Insane asylums in Bengal annual reports 1876-1887 - 1876-1887
Year: 1876
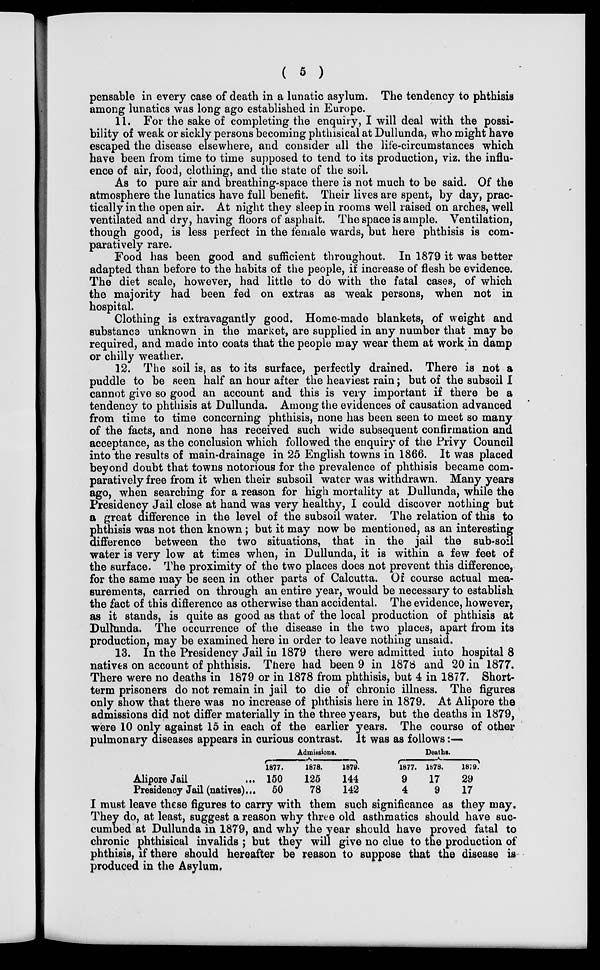
( 5 )
pensable in every case of death in a lunatic asylum. The tendency to phthisis
among lunatics was long ago established in Europe.
11. For the sake of completing the enquiry, I will deal with the possi-
bility of weak or sickly persons becoming phthisical at Dullunda, who might have
escaped the disease elsewhere, and consider all the life-circumstances which
have been from time to time supposed to tend to its production, viz. the influ-
ence of air, food, clothing, and the state of the soil.
As to pure air and breathing-space there is not much to be said. Of the
atmosphere the lunatics have full benefit. Their lives are spent, by day, prac-
tically in the open air. At night they sleep in rooms well raised on arches, well
ventilated and dry, having floors of asphalt. The space is ample. Ventilation,
though good, is less perfect in the female wards, but here phthisis is com-
paratively rare.
Food has been good and sufficient throughout. In 1879 it was better
adapted than before to the habits of the people, if increase of flesh be evidence.
The diet scale, however, had little to do with the fatal cases, of which
the majority had been fed on extras as weak persons, when not in
hospital.
Clothing is extravagantly good. Home-made blankets, of weight and
substance unknown in the market, are supplied in any number that may be
required, and made into coats that the people may wear them at work in damp
or chilly weather.
12. The soil is, as to its surface, perfectly drained. There is not a
puddle to be seen half an hour after the heaviest rain; but of the subsoil I
cannot give so good an account and this is very important if there be a
tendency to phthisis at Dullunda. Among the evidences of causation advanced
from time to time concerning phthisis, none has been seen to meet so many
of the facts, and none has received such wide subsequent confirmation and
acceptance, as the conclusion which followed the enquiry of the Privy Council
into the results of main-drainage in 25 English towns in 1866. It was placed
beyond doubt that towns notorious for the prevalence of phthisis became com-
paratively free from it when their subsoil water was withdrawn. Many years
ago, when searching for a reason for high mortality at Dullunda, while the
Presidency Jail close at hand was very healthy, I could discover nothing but
a great difference in the level of the subsoil water. The relation of this to
phthisis was not then known; but it may now be mentioned, as an interesting
difference between the two situations, that in the jail the sub-soil
water is very low at times when, in Dullunda, it is within a few feet of
the surface. The proximity of the two places does not prevent this difference,
for the same may be seen in other parts of Calcutta. Of course actual mea-
surements, carried on through an entire year, would be necessary to establish
the fact of this difference as otherwise than accidental. The evidence, however,
as it stands, is quite as good as that of the local production of phthisis at
Dullunda. The occurrence of the disease in the two places, apart from its
production, may be examined here in order to leave nothing unsaid.
13. In the Presidency Jail in 1879 there were admitted into hospital 8
natives on account of phthisis. There had been 9 in 1878 and 20 in 1877.
There were no deaths in 1879 or in 1878 from phthisis, but 4 in 1877. Short-
term prisoners do not remain in jail to die of chronic illness. The figures
only show that there was no increase of phthisis here in 1879. At Alipore the
admissions did not differ materially in the three years, but the deaths in 1879,
were 10 only against 15 in each of the earlier years. The course of other
pulmonary diseases appears in curious contrast. It was as follows:—
Alipore Jail ...
Presidency Jail (natives)...
Admissions.
1877.
150
50
1878.
125
78
1879.
144
142
Deaths.
1877.
9
4
1878.
17
9
1879.
29
17
I must leave these figures to carry with them such significance as they may.
They do, at least, suggest a reason why three old asthmatics should have suc-
cumbed at Dullunda in 1879, and why the year should have proved fatal to
chronic phthisical invalids ; but they will give no clue to the production of
phthisis, if there should hereafter be reason to suppose that the disease is
produced in the Asylum.